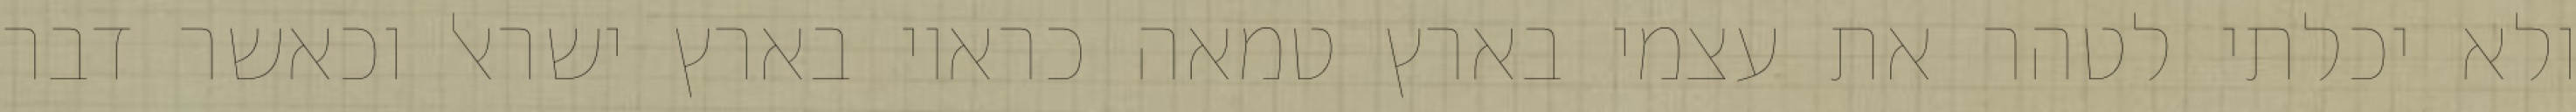
ולא יכלתי לטהר את עצמי בארץ טמאה כראוי בארץ ישראל וכאשר דבר